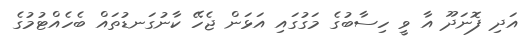
އަދި ފޮނަދޫ އާ ވީ ހިސާބުގެ މަގުގައި އަޅަން ޖެހޭ ކާނުގަނޑުތައް ބެހެއްޓުމުގެ